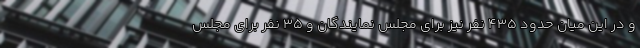
و در این میان حدود 435 نفر نیز برای مجلس نمایندگان و 35 نفر برای مجلس